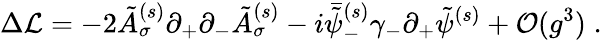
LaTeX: \Delta{\cal L}=-2\tilde{A}_{\sigma}^{(s)}\partial_{+}\partial_{-}\tilde{A}_{\sigma}^{(s)}-i\bar{\tilde{\psi}}_{-}^{(s)}\gamma_{-}\partial_{+}\tilde{\psi}^{(s)}+{\cal O}(g^{3})\; .